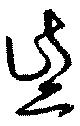
些